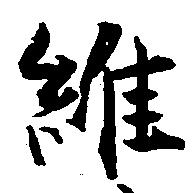
維